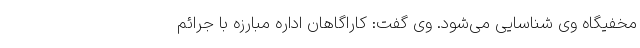
مخفیگاه وی شناسایی می‌شود. وی گفت: کاراگاهان اداره مبارزه با جرائم